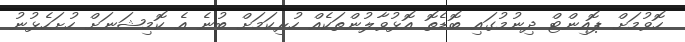
ހޮވުމަށް ޕޮއިންޓް ދިނުމުގައި ބޮޑެތޮ އޮޅުވާލުންތަކެއް ހުރިކަމަށް ބުނެ އެ ކޮމިޝަނަށް ހުށަހެޅުނު